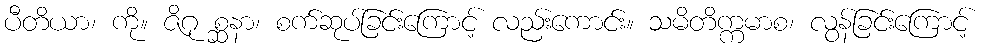
ပီတိယာ၊ ကို။ ဇိဂု စ္ဆနာ၊ စက်ဆုပ်ခြင်းကြောင့် လည်းကောင်း။ သမိတိက္ကမာစ၊ လွန်ခြင်းကြောင့်